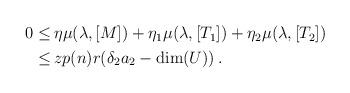
LaTeX: \begin{align*} \begin{aligned} 0 \le\, & \eta \mu(\lambda,[M])+\eta_1\mu(\lambda,[T_1])+\eta_2\mu(\lambda,[T_2])\\ \le\, & zp(n)r(\delta_2a_2 -\dim(U))\,.\end{aligned}\end{align*}